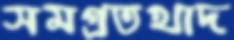
সমগ্রতখাদ